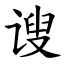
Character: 𫍲